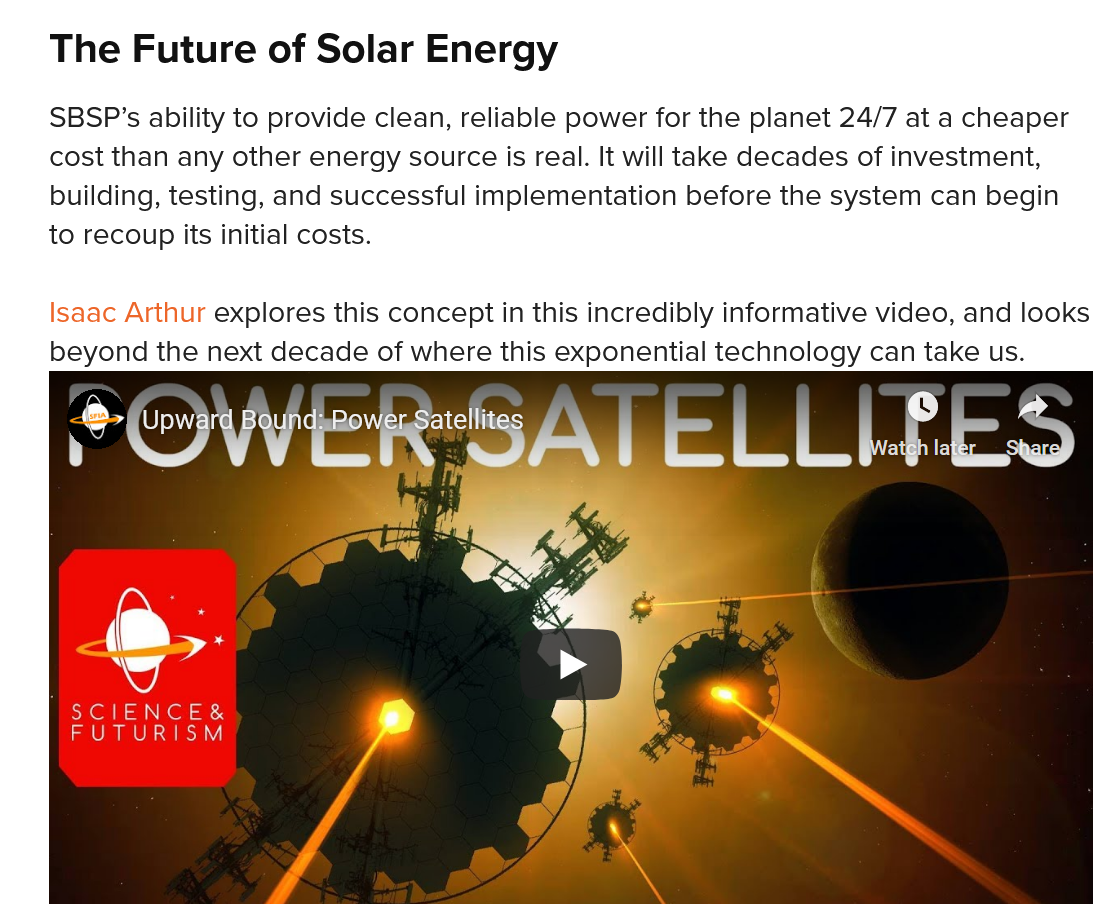
The   Future   of Solar   Energy
    SBSP’s ability to provide clean, reliable power for the planet 24/7 at a cheaper
    cost than any other energy source is real. It will take decades of investment,
    building, testing, and successful implementation before the system can begin
    to recoup its initial costs.
    Isaac Arthur explores this concept in this incredibly informative video, and looks
    beyond the next decade of where this exponential technology can take us.

     oy
     Wath later.